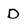
Character: D